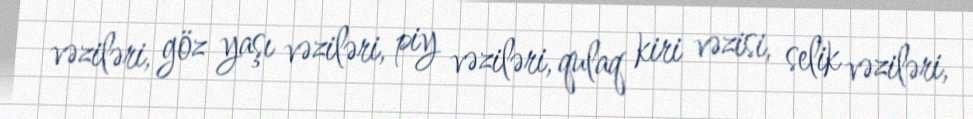
vəziləri, göz yaşı vəziləri, piy vəziləri, qulaq kiri vəzisi, selik vəziləri,